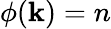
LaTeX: \phi(\mathbf{k})=n